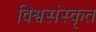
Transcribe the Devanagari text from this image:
विश्वसंस्कृत